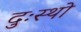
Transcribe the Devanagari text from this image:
दुःस्थो